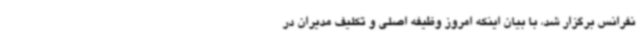
نفرانس برگزار شد، با بیان اینکه امروز وظیفه اصلی و تکلیف مدیران در